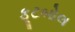
ફૂટબોલ